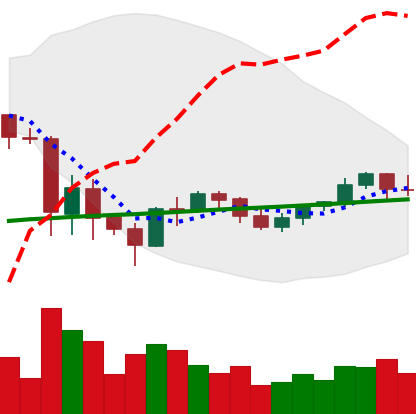
Ticker: BNB-USD
Chart end date: 2021-06-05
Forward return: -9.797%
Label: down_7plus